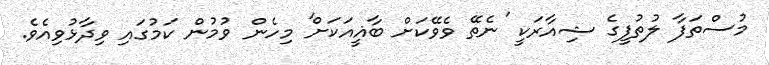
މުސްތަފާ ލުތުފީގެ ޝިއާރަކީ 'ނެތޭ ވެވޭކަށް ބާޣީއަކަށް' މިހެން ވުމުން ކަމުގައި ވިދާޅުވިއެވެ.